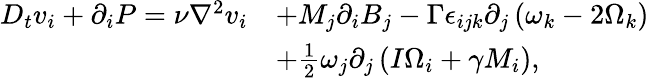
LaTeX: \begin{array}{rl}{D_{t}v_{i}+\partial_{i}P=\nu\nabla^{2}v_{i}}&{+M_{j}\partial_{i}B_{j}-\Gamma\epsilon_{ijk}\partial_{j}\left(\omega_{k}-2\Omega_{k}\right)}\\ &{+\frac{1}{2}\omega_{j}\partial_{j}\left(I\Omega_{i}+\gamma M_{i}\right),}\end{array}